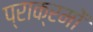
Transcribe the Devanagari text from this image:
प्राक्रमों